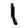
Digit: 1